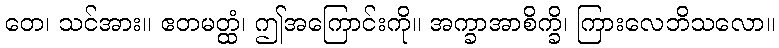
တေ၊ သင်အား။ ဧတမတ္ထံ၊ ဤအကြောင်းကို။ အက္ခာအာစိက္ခိ၊ ကြားလေဘိသလော။